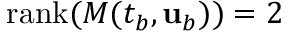
\mathrm { r a n k } ( M ( t _ { b } , { \mathbf { u } } _ { b } ) ) = 2